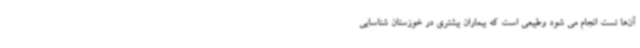
آن‌ها تست انجام می شود وطبیعی است که بیماران بیشتری در خوزستان شناسایی